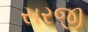
સરજી